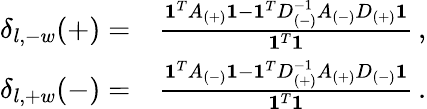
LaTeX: \begin{array}{rl}{\delta_{l,-w}(+)=}&{\frac{\mathbf{1}^{T}A_{(+)}\mathbf{1}-\mathbf{1}^{T}D_{(-)}^{-1}A_{(-)}D_{(+)}\mathbf{1}}{\mathbf{1}^{T}\mathbf{1}}\, ,}\\ {\delta_{l,+w}(-)=}&{\frac{\mathbf{1}^{T}A_{(-)}\mathbf{1}-\mathbf{1}^{T}D_{(+)}^{-1}A_{(+)}D_{(-)}\mathbf{1}}{\mathbf{1}^{T}\mathbf{1}}\, .}\end{array}